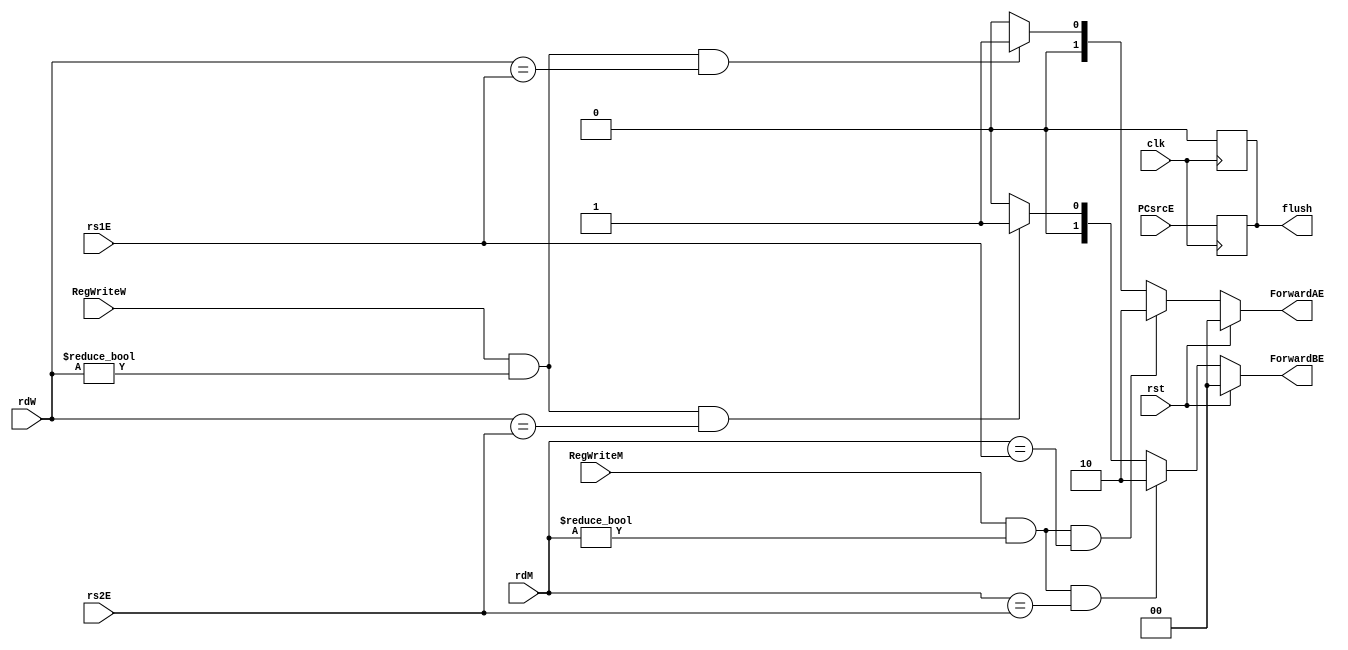
module hazard(clk,rst,PCsrcE, RegWriteM, RegWriteW, rdM, rdW, rs1E, rs2E, ForwardAE, ForwardBE, flush);

    // Declaration of I/Os
    input clk, PCsrcE, rst, RegWriteM, RegWriteW;
    input [4:0] rdM, rdW, rs1E, rs2E;
    output [1:0] ForwardAE, ForwardBE;
    output reg flush;
    
    assign ForwardAE = (rst) ? 2'b00 : 
                       ((RegWriteM == 1'b1) & (rdM != 5'h00) & (rdM == rs1E)) ? 2'b10 :
                       ((RegWriteW == 1'b1) & (rdW != 5'h00) & (rdW == rs1E)) ? 2'b01 : 2'b00;
                       
    assign ForwardBE = (rst) ? 2'b00 : 
                       ((RegWriteM == 1'b1) & (rdM != 5'h00) & (rdM == rs2E)) ? 2'b10 :
                       ((RegWriteW == 1'b1) & (rdW != 5'h00) & (rdW == rs2E)) ? 2'b01 : 2'b00;

    always @(negedge clk) begin //flush
        flush <= PCsrcE;
    end
    always @(posedge clk) begin
        flush <= 1'b0;
    end

endmodule